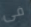
فى